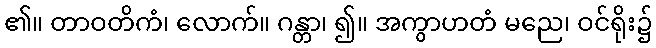
၏။ တာဝတိကံ၊ လောက်။ ဂန္တာ၊ ၍။ အကွာဟတံ မညေ၊ ဝင်ရိုး၌